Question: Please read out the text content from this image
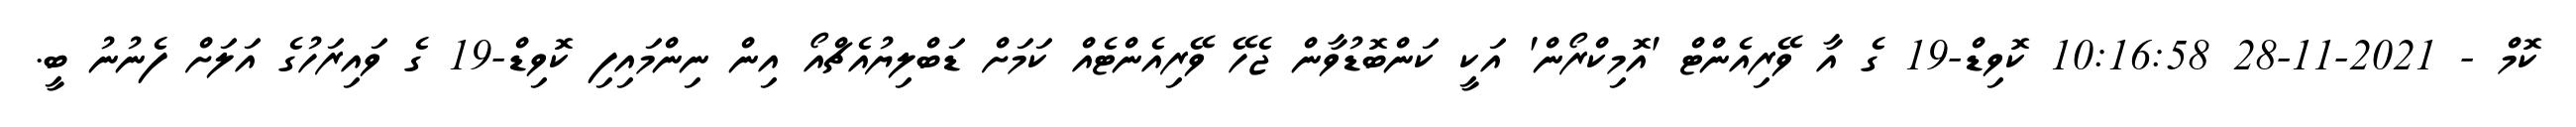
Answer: ކޮމް - 2021-11-28 10:16:58 ކޮވިޑް-19 ގެ އާ ވޭރިއެންޓް 'އޮމިކްރޯން' އަކީ ކަންބޮޑުވާން ޖެހޭ ވޭރިއެންޓެއް ކަމަށް ޑަބްލިޔުއެޗްއޯ އިން ނިންމައިފި ކޮވިޑް-19 ގެ ވައިރަހުގެ އަލަށް ފެނުނު ބީ.